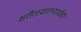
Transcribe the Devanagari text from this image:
शरीरस्वास्थ्याचीही